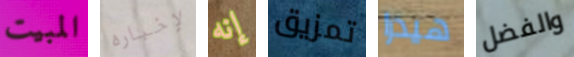
المبيت لإخباره إنه تمزيق هيدرا والفضل